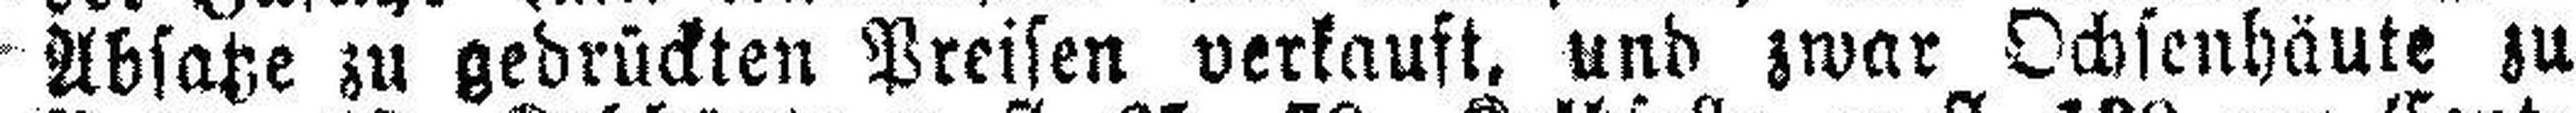
Absatze zu gedrückten Preisen verkauft, und zwar Ochsenhäute zu